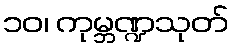
၁၀၊ ကုမ္ဘဏ္ဍသုတ်